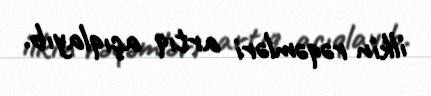
ilkin rəqəmləri artıq açıqlayıb.